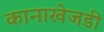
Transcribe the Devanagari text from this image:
कानाखेजडी